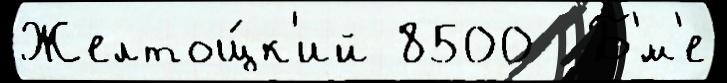
Желтощ́к'ий 8500  Б'́м'е